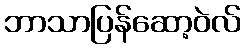
ဘာသာပြန်ဆော့ဝဲလ်